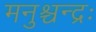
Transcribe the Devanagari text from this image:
मनुश्चन्द्रः